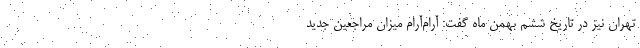
تهران نیز در تاریخ ششم بهمن ماه گفت: آرام‌آرام میزان مراجعین جدید